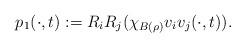
LaTeX: \begin{align*}p_{1}(\cdot,t):=R_{i}R_{j}(\chi_{B(\rho)}v_{i}v_{j}(\cdot,t)).\end{align*}